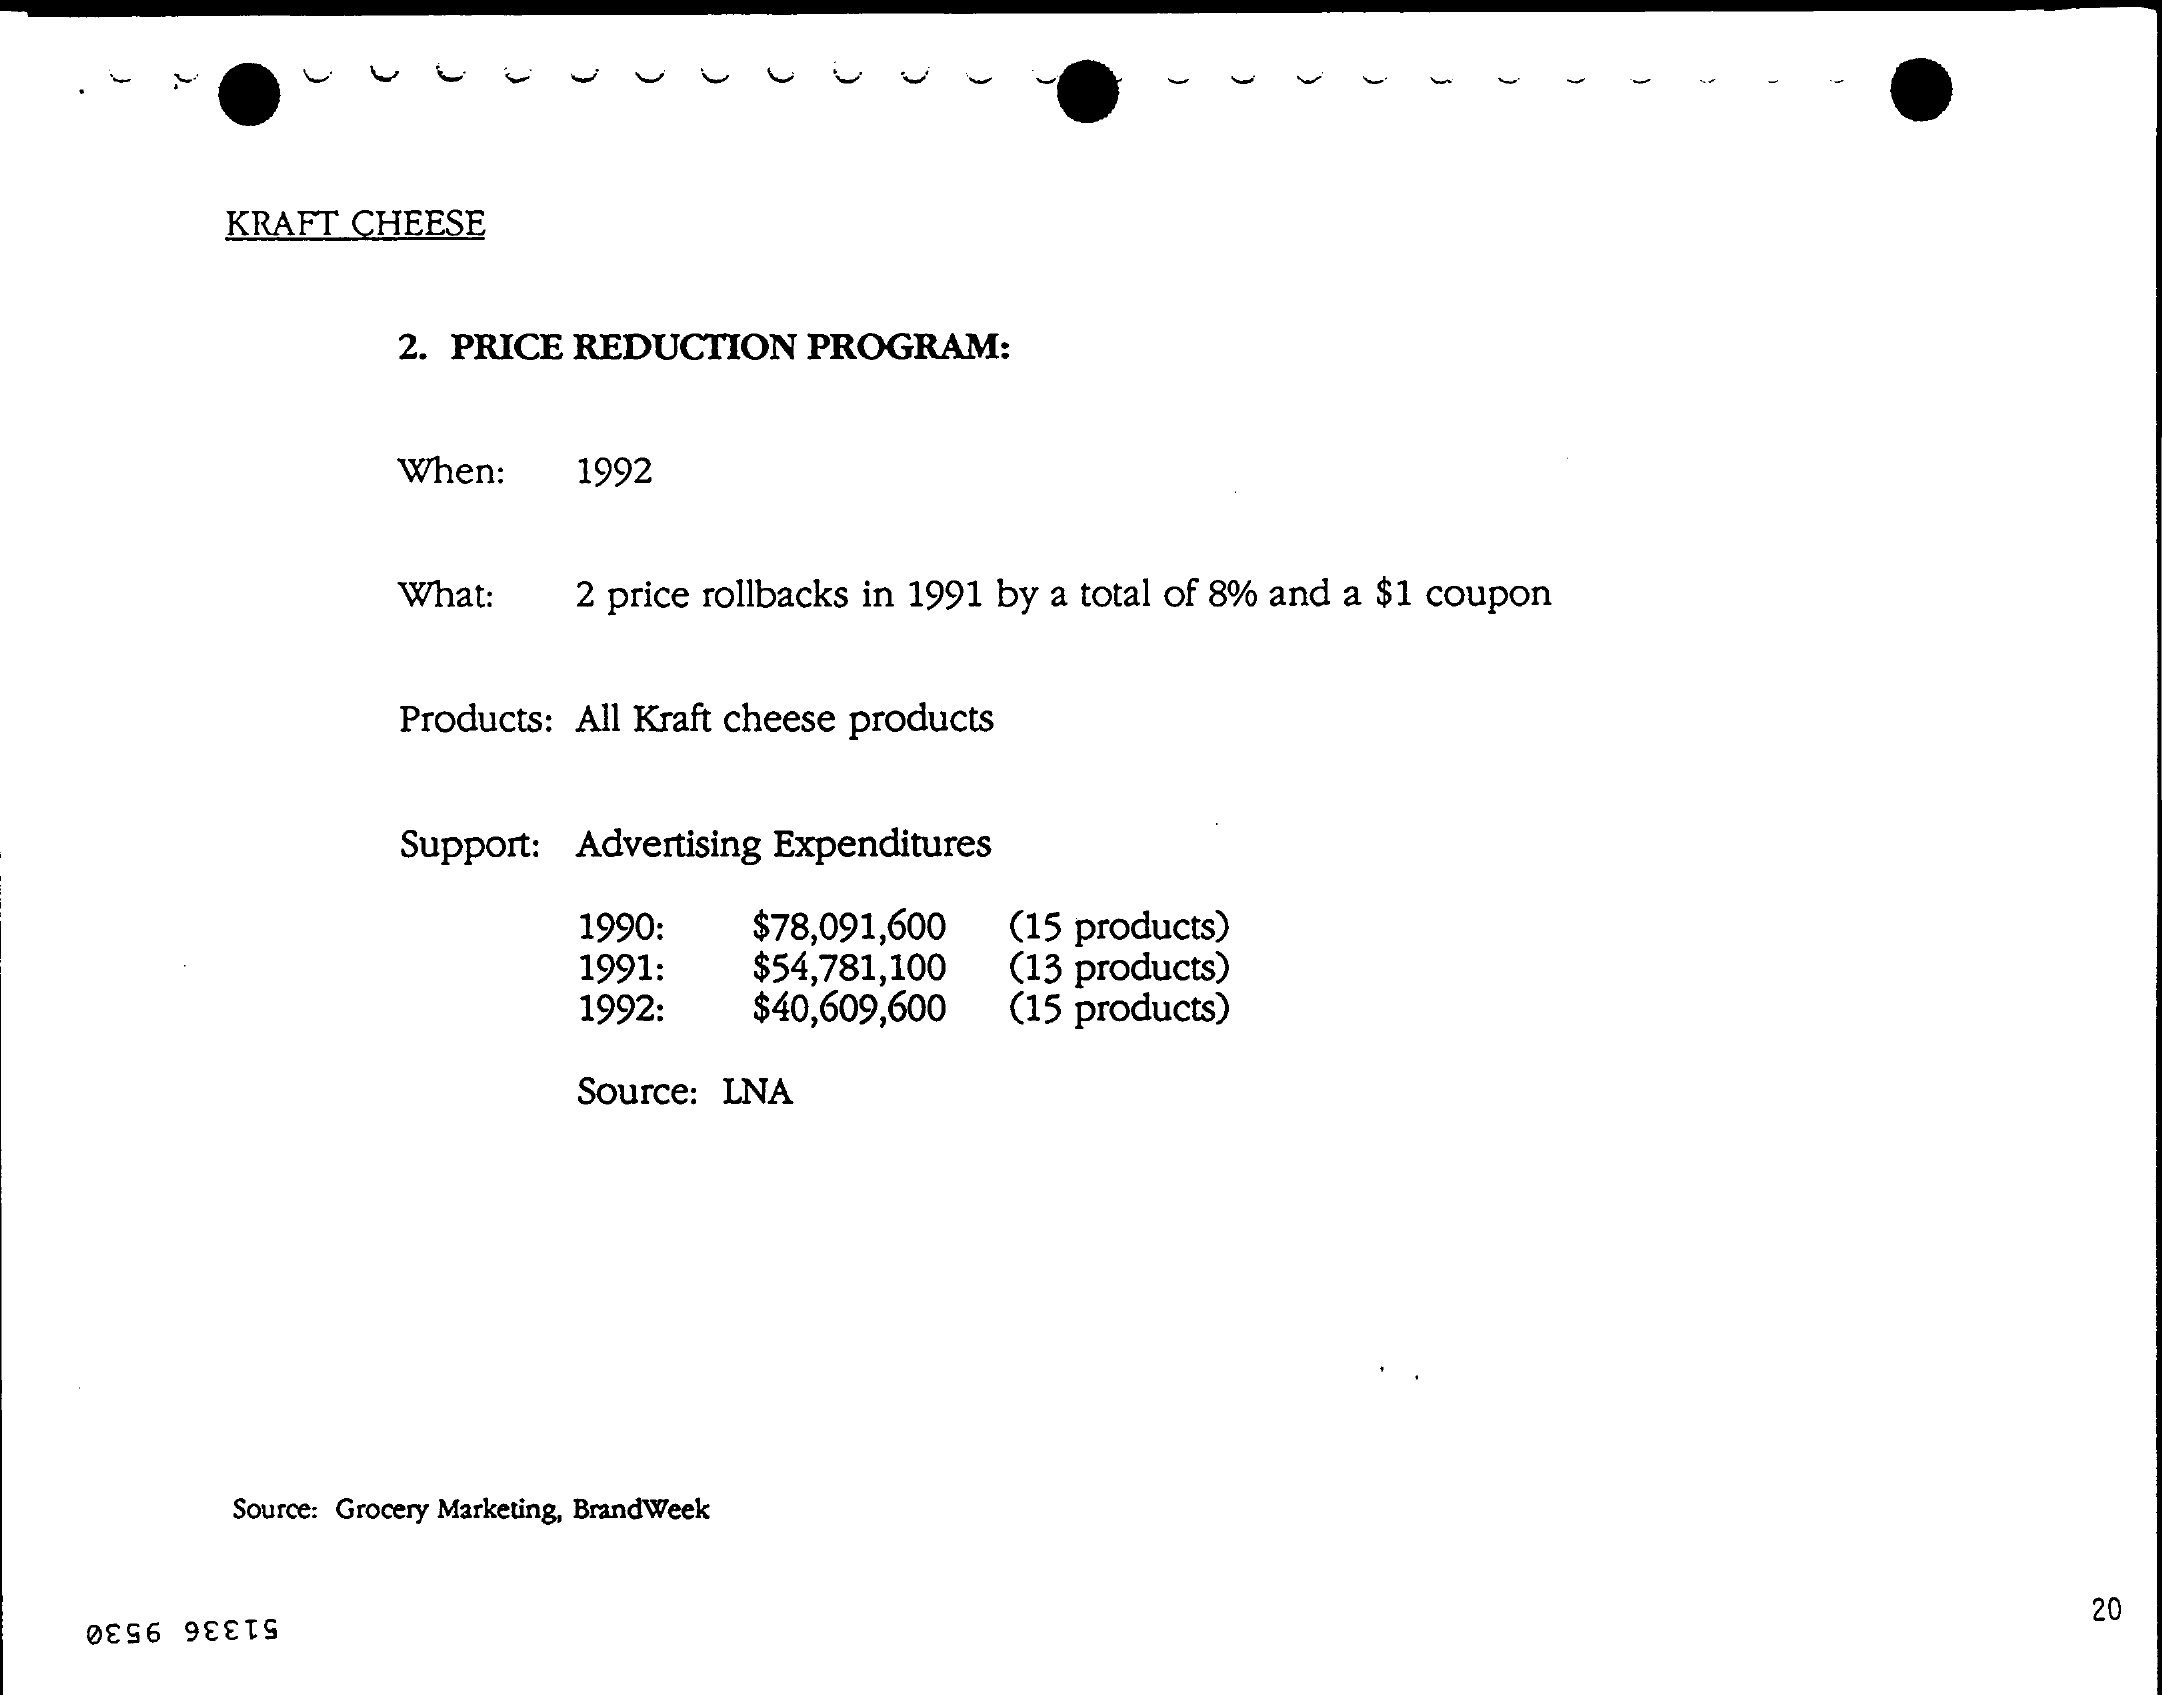
KRAFT CHEESE
     2. PRICE REDUCTION PROGRAM:
     When:  1992
     What:  2 price rollbacks in 1991 by a total of 8% and a $1 coupon
     Products: All Kraft cheese products
     Support: Advertising Expenditures
     1990:   $78,091,600 (15 products)
     1991:   $54,781,100 (13 products)
     1992:   $40,609,600 (15 products)
     Source: LNA
     Source: Grocery Marketing, BrandWeek
     20
     51336 9530